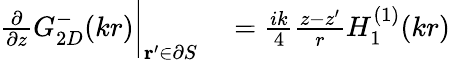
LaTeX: \begin{array}{rl}{\frac{\partial}{\partial z}G_{2D}^{-}(kr)\bigg|_{\mathbf{r}^{\prime}\in\partial S}}&{{}=\frac{ik}{4}\frac{z-z^{\prime}}{r}H_{1}^{(1)}(kr)}\end{array}